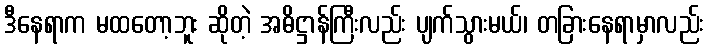
ဒီနေရာက မထတော့ဘူး ဆိုတဲ့ အဓိဋ္ဌာန်ကြီးလည်း ပျက်သွားမယ်၊ တခြားနေရာမှာလည်း